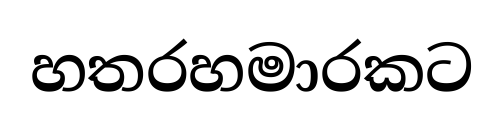
හතරහමාරකට